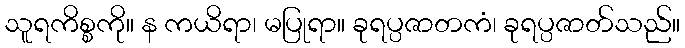
သူရကိစ္စကို။ န ကယိရာ၊ မပြုရာ။ ခုရပ္ပဇာတကံ၊ ခုရပ္ပဇာတ်သည်။